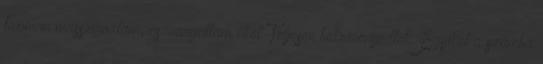
finoman masszíroztam, csavargattam őket. Teljesen bekeményedtek. Egyiket a számba